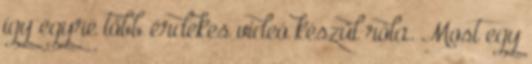
így egyre több érdekes videó készül róla. Most egy